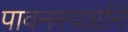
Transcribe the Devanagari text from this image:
पावनस्पर्शाने